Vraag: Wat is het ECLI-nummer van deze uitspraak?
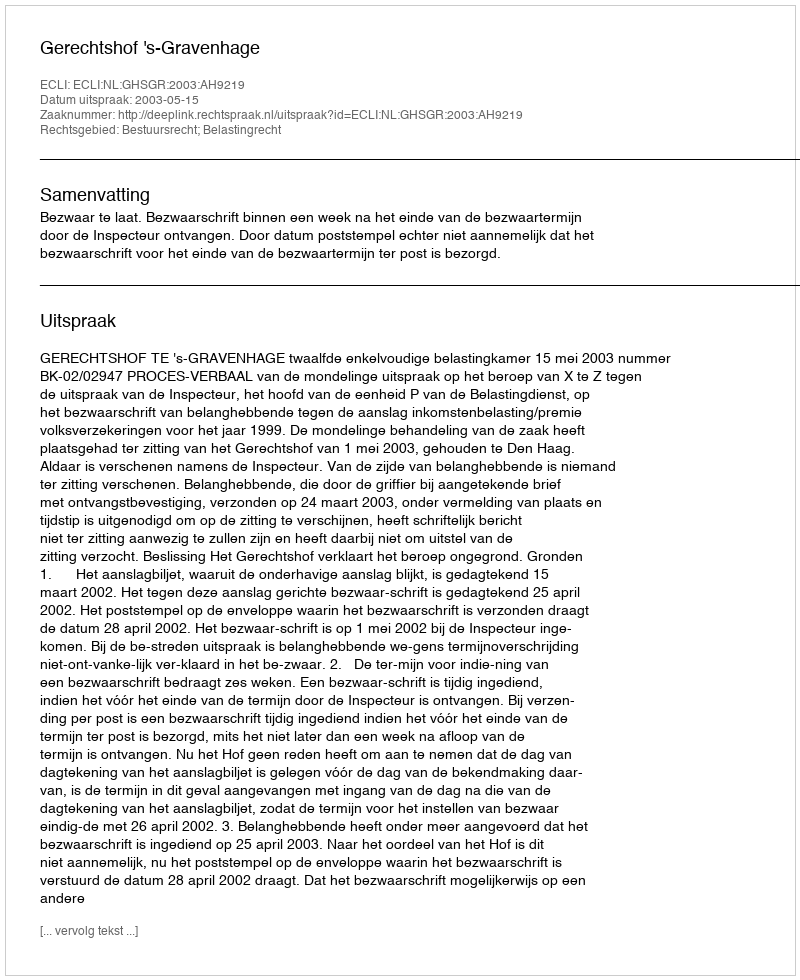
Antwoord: ECLI:NL:GHSGR:2003:AH9219